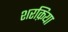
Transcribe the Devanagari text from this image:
शरक़िया